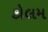
કોલમ